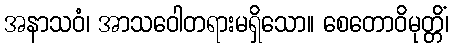
အနာသဝံ၊ အာသဝေါတရားမရှိသော။ စေတောဝိမုတ္တိံ၊